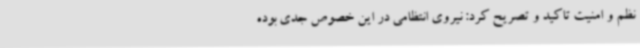
نظم و امنیت تاکید و تصریح کرد: نیروی انتظامی در این خصوص جدی بوده